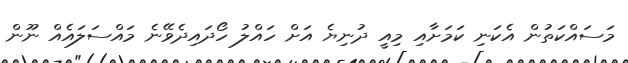
މަސައްކަތުން އެކަނި ކަމަށާއި މިއީ ދުނިޔެ އަށް ހައްލު ހޯދައިދެވޭނެ މައްސަލައެއް ނޫން